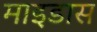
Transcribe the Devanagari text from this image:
माइडास